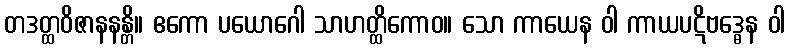
တဒတ္ထဝိဇာနနန္တိ။ ဧကော ပယောဂေါ သာဟတ္ထိကောဝ။ သော ကာယေန ဝါ ကာယပဋိဗဒ္ဓေန ဝါ